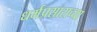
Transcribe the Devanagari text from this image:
धर्मप्रसाराच्या